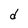
Character: d